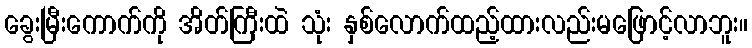
ခွေးမြီးကောက်ကို အိတ်ကြီးထဲ သုံး နှစ်လောက်ထည့်ထားလည်းမဖြောင့်လာဘူး။